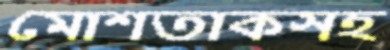
মোশতাকসহ